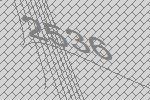
2536